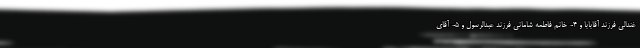
غندالی فرزند آقابابا و ۴- خانم فاطمه شامانی فرزند عبدالرسول و ۵- آقای